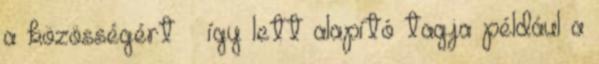
a közösségért – így lett alapító tagja például a